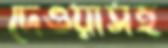
দেওয়াসহ